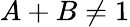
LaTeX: A+B\ne 1